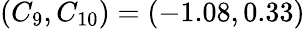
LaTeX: (C_{9},C_{10})=(-1.08,0.33)